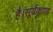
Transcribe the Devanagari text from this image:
है।सूर्यकुण्ड